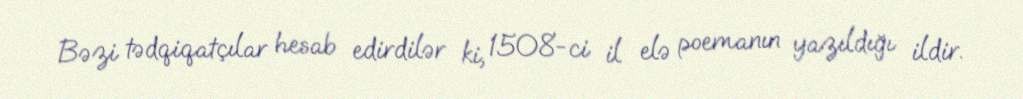
Bəzi tədqiqatçılar hesab edirdilər ki, 1508-ci il elə poemanın yazıldığı ildir.